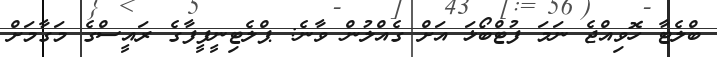
ބްލެޓާ ހޮވިއްޖެ ނަމަ ފުޓްބޯޅަ އަށް ގެއްލުން ވާނެ: ޕްލެޓިނީފީފާގެ ރައީސްގެ މަގާމަށް